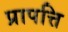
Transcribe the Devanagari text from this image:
प्रापत्ति